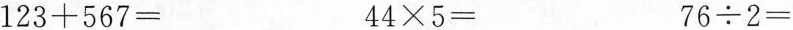
$$1 2 3 + 5 6 7 =$$ $$4 4 \times 5 =$$ $$7 6 /div 2 =$$